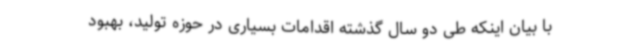
با بیان اینکه طی دو سال گذشته اقدامات بسیاری در حوزه تولید، بهبود